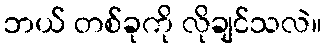
ဘယ် တစ်ခုကို လိုချင်သလဲ။